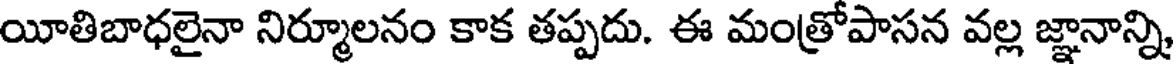
యీతిబాధలైనా నిర్మూలనం కాక తప్పదు. ఈ మంత్రోపాసన వల్ల జ్ఞానాన్ని